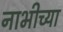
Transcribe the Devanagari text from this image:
नाभीच्या